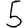
Digit: 5